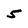
Character: 5